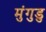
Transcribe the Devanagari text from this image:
मुंगुडु